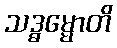
သဒ္ဓမ္မောတိ